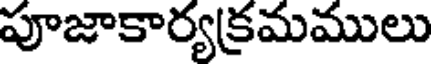
పూజాకార్యక్రమములు